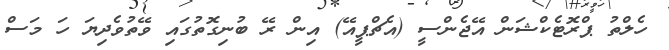
ހެލްތު ޕްރޮޓެކްޝަން އޭޖެންސީ (އެޗްޕީއޭ) އިން ރޭ ބުނިގޮތުގައި ވޭތުވެދިޔަ ހަ މަސް